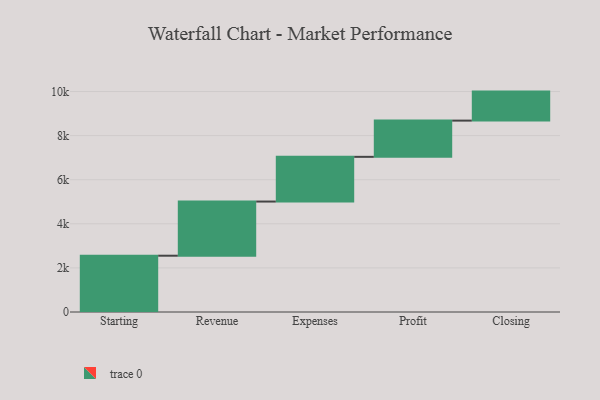
{"axis": {"x": "Step", "y": "Value"}, "legend": [""], "data": [{"x": "Starting", "y": 2553.0, "type": ""}, {"x": "Revenue", "y": 2457.0, "type": ""}, {"x": "Expenses", "y": 2028.0, "type": ""}, {"x": "Profit", "y": 1643.0, "type": ""}, {"x": "Closing", "y": 1316.0, "type": ""}]}